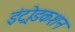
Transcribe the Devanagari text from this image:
इंट्रोडकशन